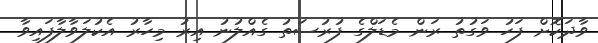
ވާދަކޮށް ފަހު ވަގުތު ރަން މެޑަލްގެ ފުރުސަތު ގެއްލުނު އިރު މިހާރު އެކުލަވާލާފައިވާ